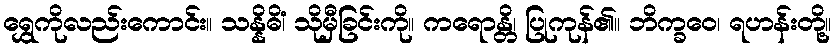
ရွှေကိုလည်းကောင်း။ သန္နိဓိံ၊ သိုမှီခြင်းကို။ ကရောန္တိ၊ ပြုကုန်၏။ ဘိက္ခဝေ၊ ရဟန်းတို့။